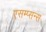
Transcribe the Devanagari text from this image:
एसम्प्सन्स